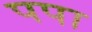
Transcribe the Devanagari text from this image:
पपा